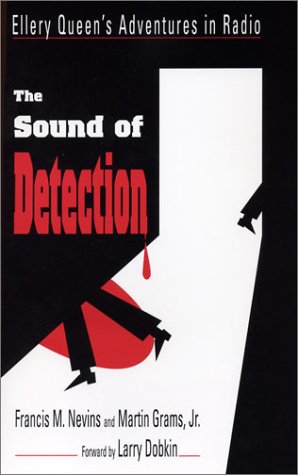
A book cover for The Sound of Detection: Ellery Queen's Adventures in Radio; Francis M. Nevins; Mystery, Thriller & Suspense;